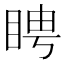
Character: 䀻